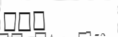
١٢٧